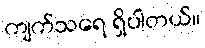
ကျက်သရေ ရှိပါတယ်။